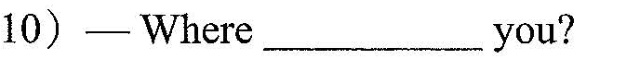
10) —Where ___ you?